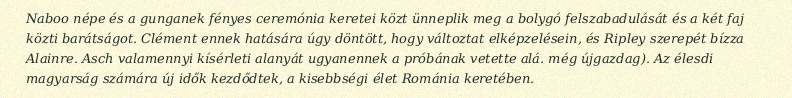
Naboo népe és a gunganek fényes ceremónia keretei közt ünneplik meg a bolygó felszabadulását és a két faj közti barátságot. Clément ennek hatására úgy döntött, hogy változtat elképzelésein, és Ripley szerepét bízza Alainre. Asch valamennyi kísérleti alanyát ugyanennek a próbának vetette alá. még újgazdag). Az élesdi magyarság számára új idők kezdődtek, a kisebbségi élet Románia keretében.